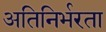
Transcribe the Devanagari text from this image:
अतिनिर्भरता